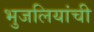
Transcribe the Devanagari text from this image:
भुजलियांची